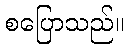
စပြောသည်။